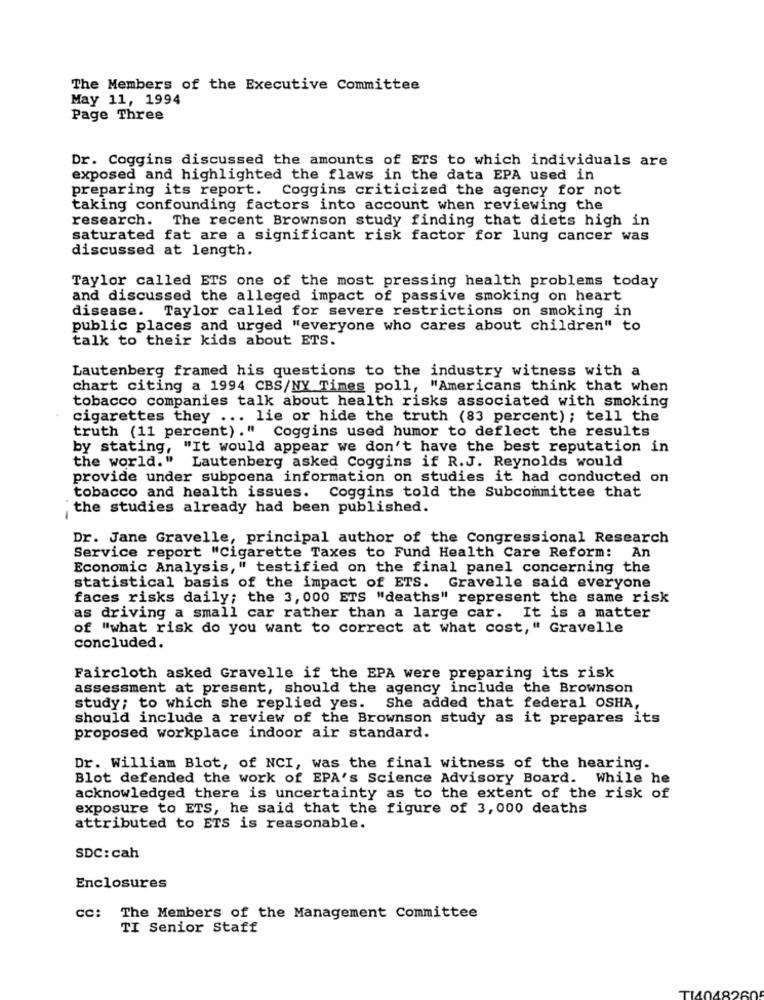
The Members of the Executive Committee
May 11, 1994
Page Three
Dr. Coggins discussed the amounts of ETS to which individuals are
exposed and highlighted the flaws in the data EPA used in
preparing its report. Coggins criticized the agency for not
taking confounding factors into account when reviewing the
research. The recent Brownson study finding that diets high in
saturated fat are a significant risk factor for lung cancer was
discussed at length.
Taylor called ETS one of the most pressing health problems today
and discussed the alleged impact of passive smoking on heart
disease. Taylor called for severe restrictions on smoking in
public places and urged "everyone who cares about children" to
talk to their kids about ETS.
Lautenberg framed his questions to the industry witness with a
chart citing a 1994 CBS/NY Times poll, "Americans think that when
tobacco companies talk about health risks associated with smoking
cigarettes they ... lie or hide the truth (83 percent); tell the
truth (11 percent)." Coggins used humor to deflect the results
by stating, "It would appear we don't have the best reputation in
the world."
Lautenberg asked Coggins if R.J. Reynolds would
provide under subpoena information on studies it had conducted on
tobacco and health issues. Coggins told the Subcommittee that
the studies already had been published.
Dr. Jane Gravelle, principal author of the Congressional Research
An
Service report "Cigarette Taxes to Fund Health Care Reform:
Economic Analysis," testified on the final panel concerning the
statistical basis of the impact of ETS. Gravelle said everyone
faces risks daily; the 3, 000 ETS "deaths" represent the same risk
as driving a small car rather than a large car. It is a matter
of "what risk do you want to correct at what cost," Gravelle
concluded.
Faircloth asked Gravelle if the EPA were preparing its risk
assessment at present, should the agency include the Brownson
study; to which she replied yes. She added that federal OSHA,
should include a review of the Brownson study as it prepares its
proposed workplace indoor air standard.
Dr. William Blot, of NCI, was the final witness of the hearing.
Blot defended the work of EPA's Science Advisory Board. While he
acknowledged there is uncertainty as to the extent of the risk of
exposure to ETS, he said that the figure of 3,000 deaths
attributed to ETS is reasonable.
SDC: cah
Enclosures
cc: The Members of the Management Committee
TI Senior Staff
T14048260